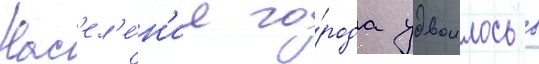
Нас'ел'е́н'ие го́рода удвоилось в